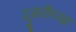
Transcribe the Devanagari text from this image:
दुसरीच्या